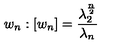
w _ { n } : [ w _ { n } ] = \frac { \lambda _ { 2 } ^ { \frac n 2 } } { \lambda _ { n } }